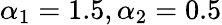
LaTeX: \alpha_{1}=1.5,\alpha_{2}=0.5